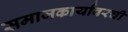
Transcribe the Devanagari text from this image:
समाजकार्यावरची